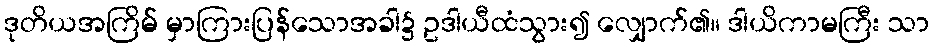
ဒုတိယအကြိမ် မှာကြားပြန်သောအခါ၌ ဥဒါယီထံသွား၍ လျှောက်၏။ ဒါယိကာမကြီး သာ